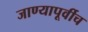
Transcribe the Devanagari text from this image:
जाण्यापूर्वीच